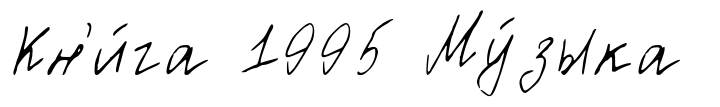
Кн'и́га 1995 Му́зыка